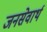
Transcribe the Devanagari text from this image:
जनसेवार्थ